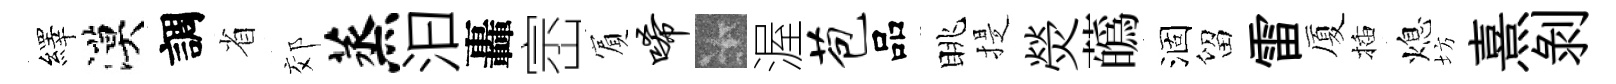
繹漠調省郊蒸汩轟崈賔唏卡渥苞品眺提熒蘤涸留雷厦插熄坊熹剥